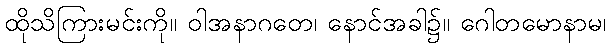
ထိုသိကြားမင်းကို။ ဝါအနာဂတေ၊ နောင်အခါ၌။ ဂေါတမောနာမ၊